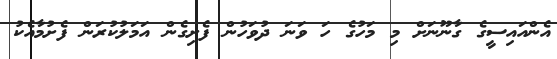
އެންއައިސީގެ ގާނޫނަށް މި މަހުގެ ހަ ވަނަ ދުވަހުން ފެށިގެން އަމަލުކުރަން ފެށުމާއެކު